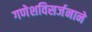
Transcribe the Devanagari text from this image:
गणेशविसर्जनाने